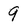
Character: 9